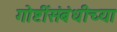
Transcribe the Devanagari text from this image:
गोष्टींसंबंधीच्या